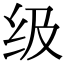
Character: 级